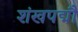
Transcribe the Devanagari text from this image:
शंखपद्मौ